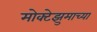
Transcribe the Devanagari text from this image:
मोक्टेझुमाच्या